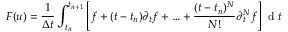
F ( u ) = \frac { 1 } { \Delta t } \int _ { t _ { n } } ^ { t _ { n + 1 } } \left[ f + ( t - t _ { n } ) \partial _ { t } f + \ldots + \frac { ( t - t _ { n } ) ^ { N } } { N ! } \partial _ { t } ^ { N } f \right] \textrm { d } t